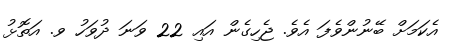
އެކަމަށް ބޭނުންވެފަ އެވެ. ޖެހިގެން އައި 22 ވަނަ ދުވަހު ވ. އަތޮޅު